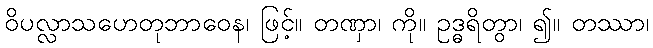
ဝိပလ္လာသဟေတုဘာဝေန၊ ဖြင့်။ တဏှာ၊ ကို။ ဥဒ္ဓရိတွာ၊ ၍။ တဿာ၊